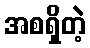
အစရှိတဲ့